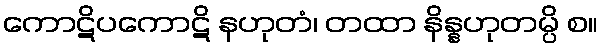
ကောဋိပကောဋိ နဟုတံ၊ တထာ နိန္နဟုတမ္ပိ စ။